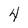
Character: 4